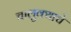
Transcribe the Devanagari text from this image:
चालुक्याचे